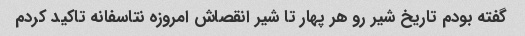
گفته بودم تاریخ شیر رو هر پهار تا شیر انقصاش امروزه نتاسفانه تاکید کردم